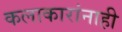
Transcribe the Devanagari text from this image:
कलाकारांनाही